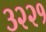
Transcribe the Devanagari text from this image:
३२२१